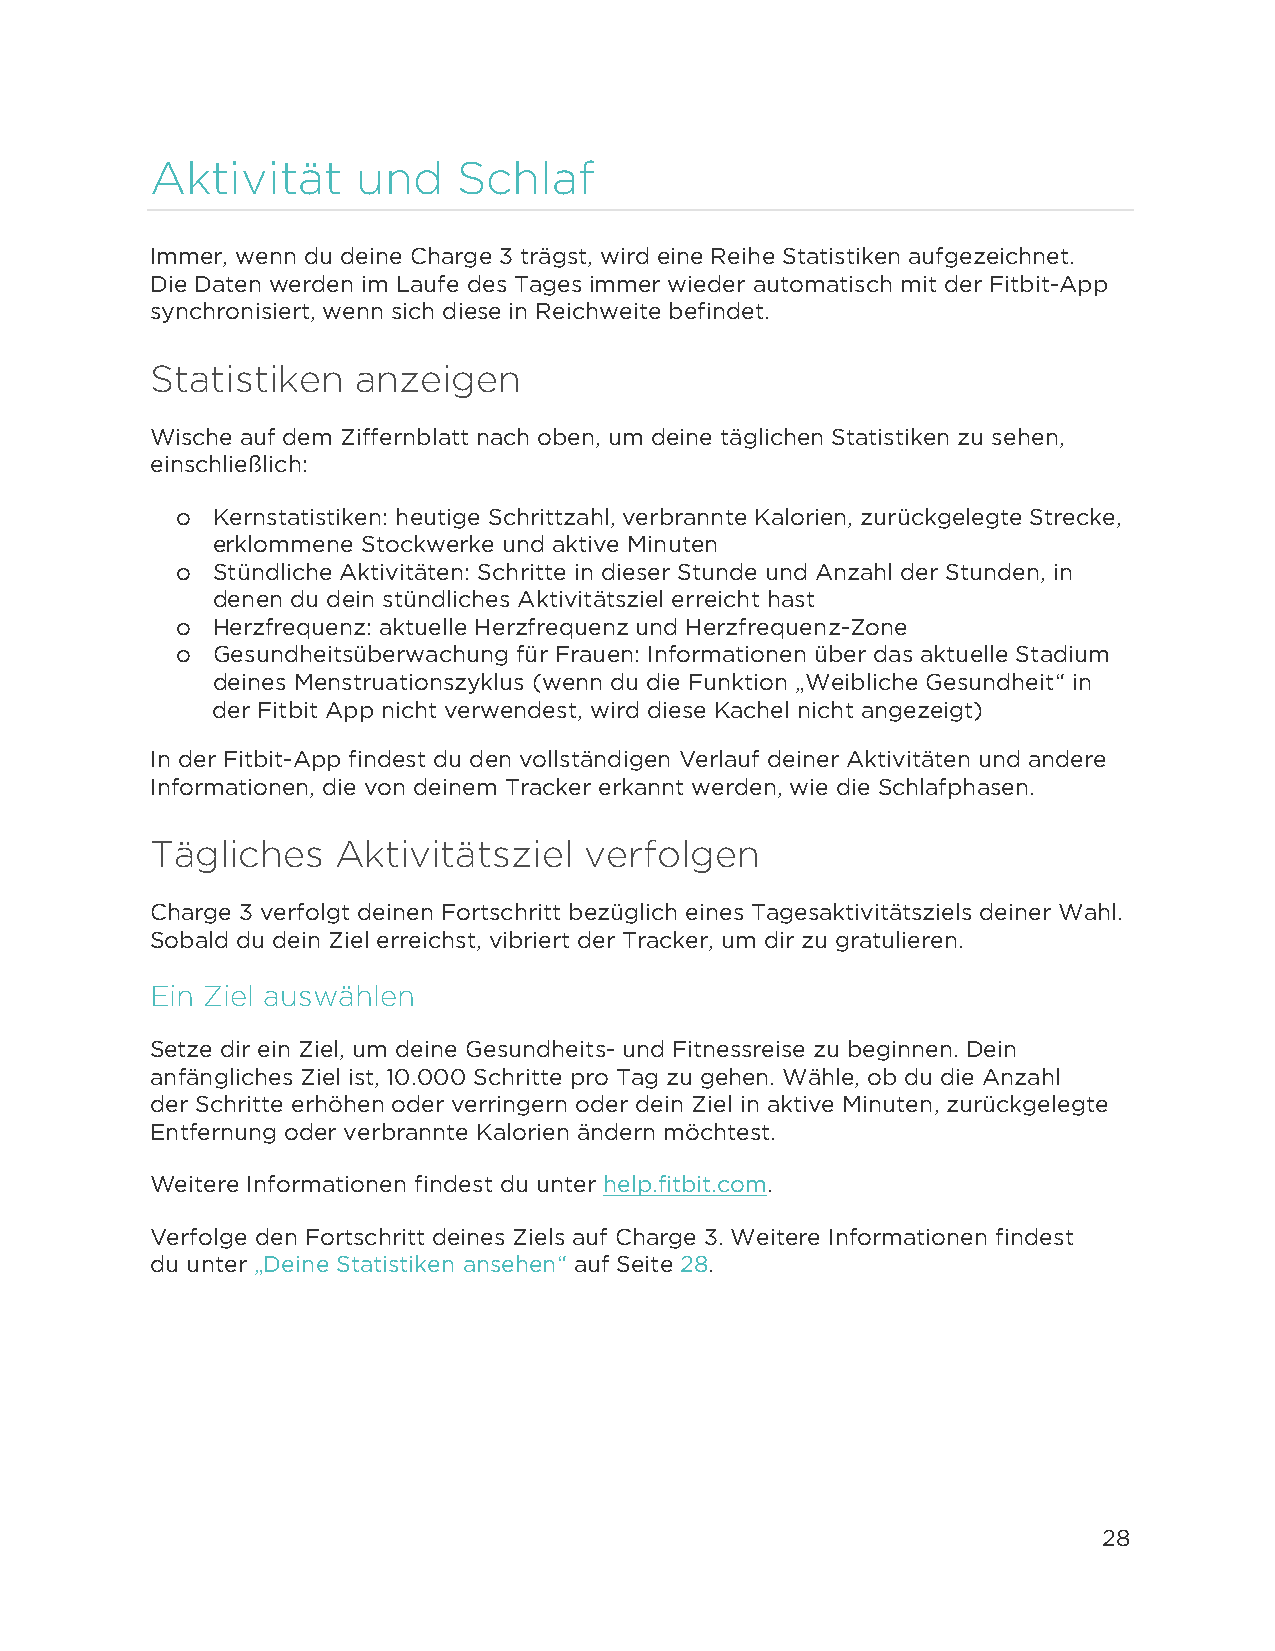
Aktivität     und   Schlaf
 Immer, wenn du deine Charge 3 trägst, wird eine Reihe Statistiken aufgezeichnet.
 Die Daten werden im Laufe des Tages immer wieder automatisch mit der Fitbit-App
 synchronisiert, wenn sich diese in Reichweite befindet.
 Statistiken   anzeigen
 Wische auf dem Ziffernblatt nach oben, um deine täglichen Statistiken zu sehen,
 einschließlich:
 o Kernstatistiken: heutige Schrittzahl, verbrannte Kalorien, zurückgelegte Strecke,
 erklommene Stockwerke und aktive Minuten
 o Stündliche Aktivitäten: Schritte in dieser Stunde und Anzahl der Stunden, in
 denen du dein stündliches Aktivitätsziel erreicht hast
 o Herzfrequenz: aktuelle Herzfrequenz und Herzfrequenz-Zone
 o Gesundheitsüberwachung für Frauen: Informationen über das aktuelle Stadium
 deines Menstruationszyklus (wenn du die Funktion „Weibliche Gesundheit“ in
 der Fitbit App nicht verwendest, wird diese Kachel nicht angezeigt)
 In der Fitbit-App findest du den vollständigen Verlauf deiner Aktivitäten und andere
 Informationen, die von deinem Tracker erkannt werden, wie die Schlafphasen.
 Tägliches   Aktivitätsziel   verfolgen
 Charge 3 verfolgt deinen Fortschritt bezüglich eines Tagesaktivitätsziels deiner Wahl.
 Sobald du dein Ziel erreichst, vibriert der Tracker, um dir zu gratulieren.
 Ein Ziel auswählen
 Setze dir ein Ziel, um deine Gesundheits- und Fitnessreise zu beginnen. Dein
 anfängliches Ziel ist, 10.000 Schritte pro Tag zu gehen. Wähle, ob du die Anzahl
 der Schritte erhöhen oder verringern oder dein Ziel in aktive Minuten, zurückgelegte
 Entfernung oder verbrannte Kalorien ändern möchtest.
 Weitere Informationen findest du unter help.fitbit.com.
 Verfolge den Fortschritt deines Ziels auf Charge 3. Weitere Informationen findest
 du unter „Deine Statistiken ansehen“ auf Seite 28.
 28